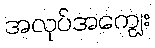
အလုပ်အကျွေး